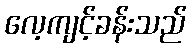
လေ့ကျင့်ခန်းသည်